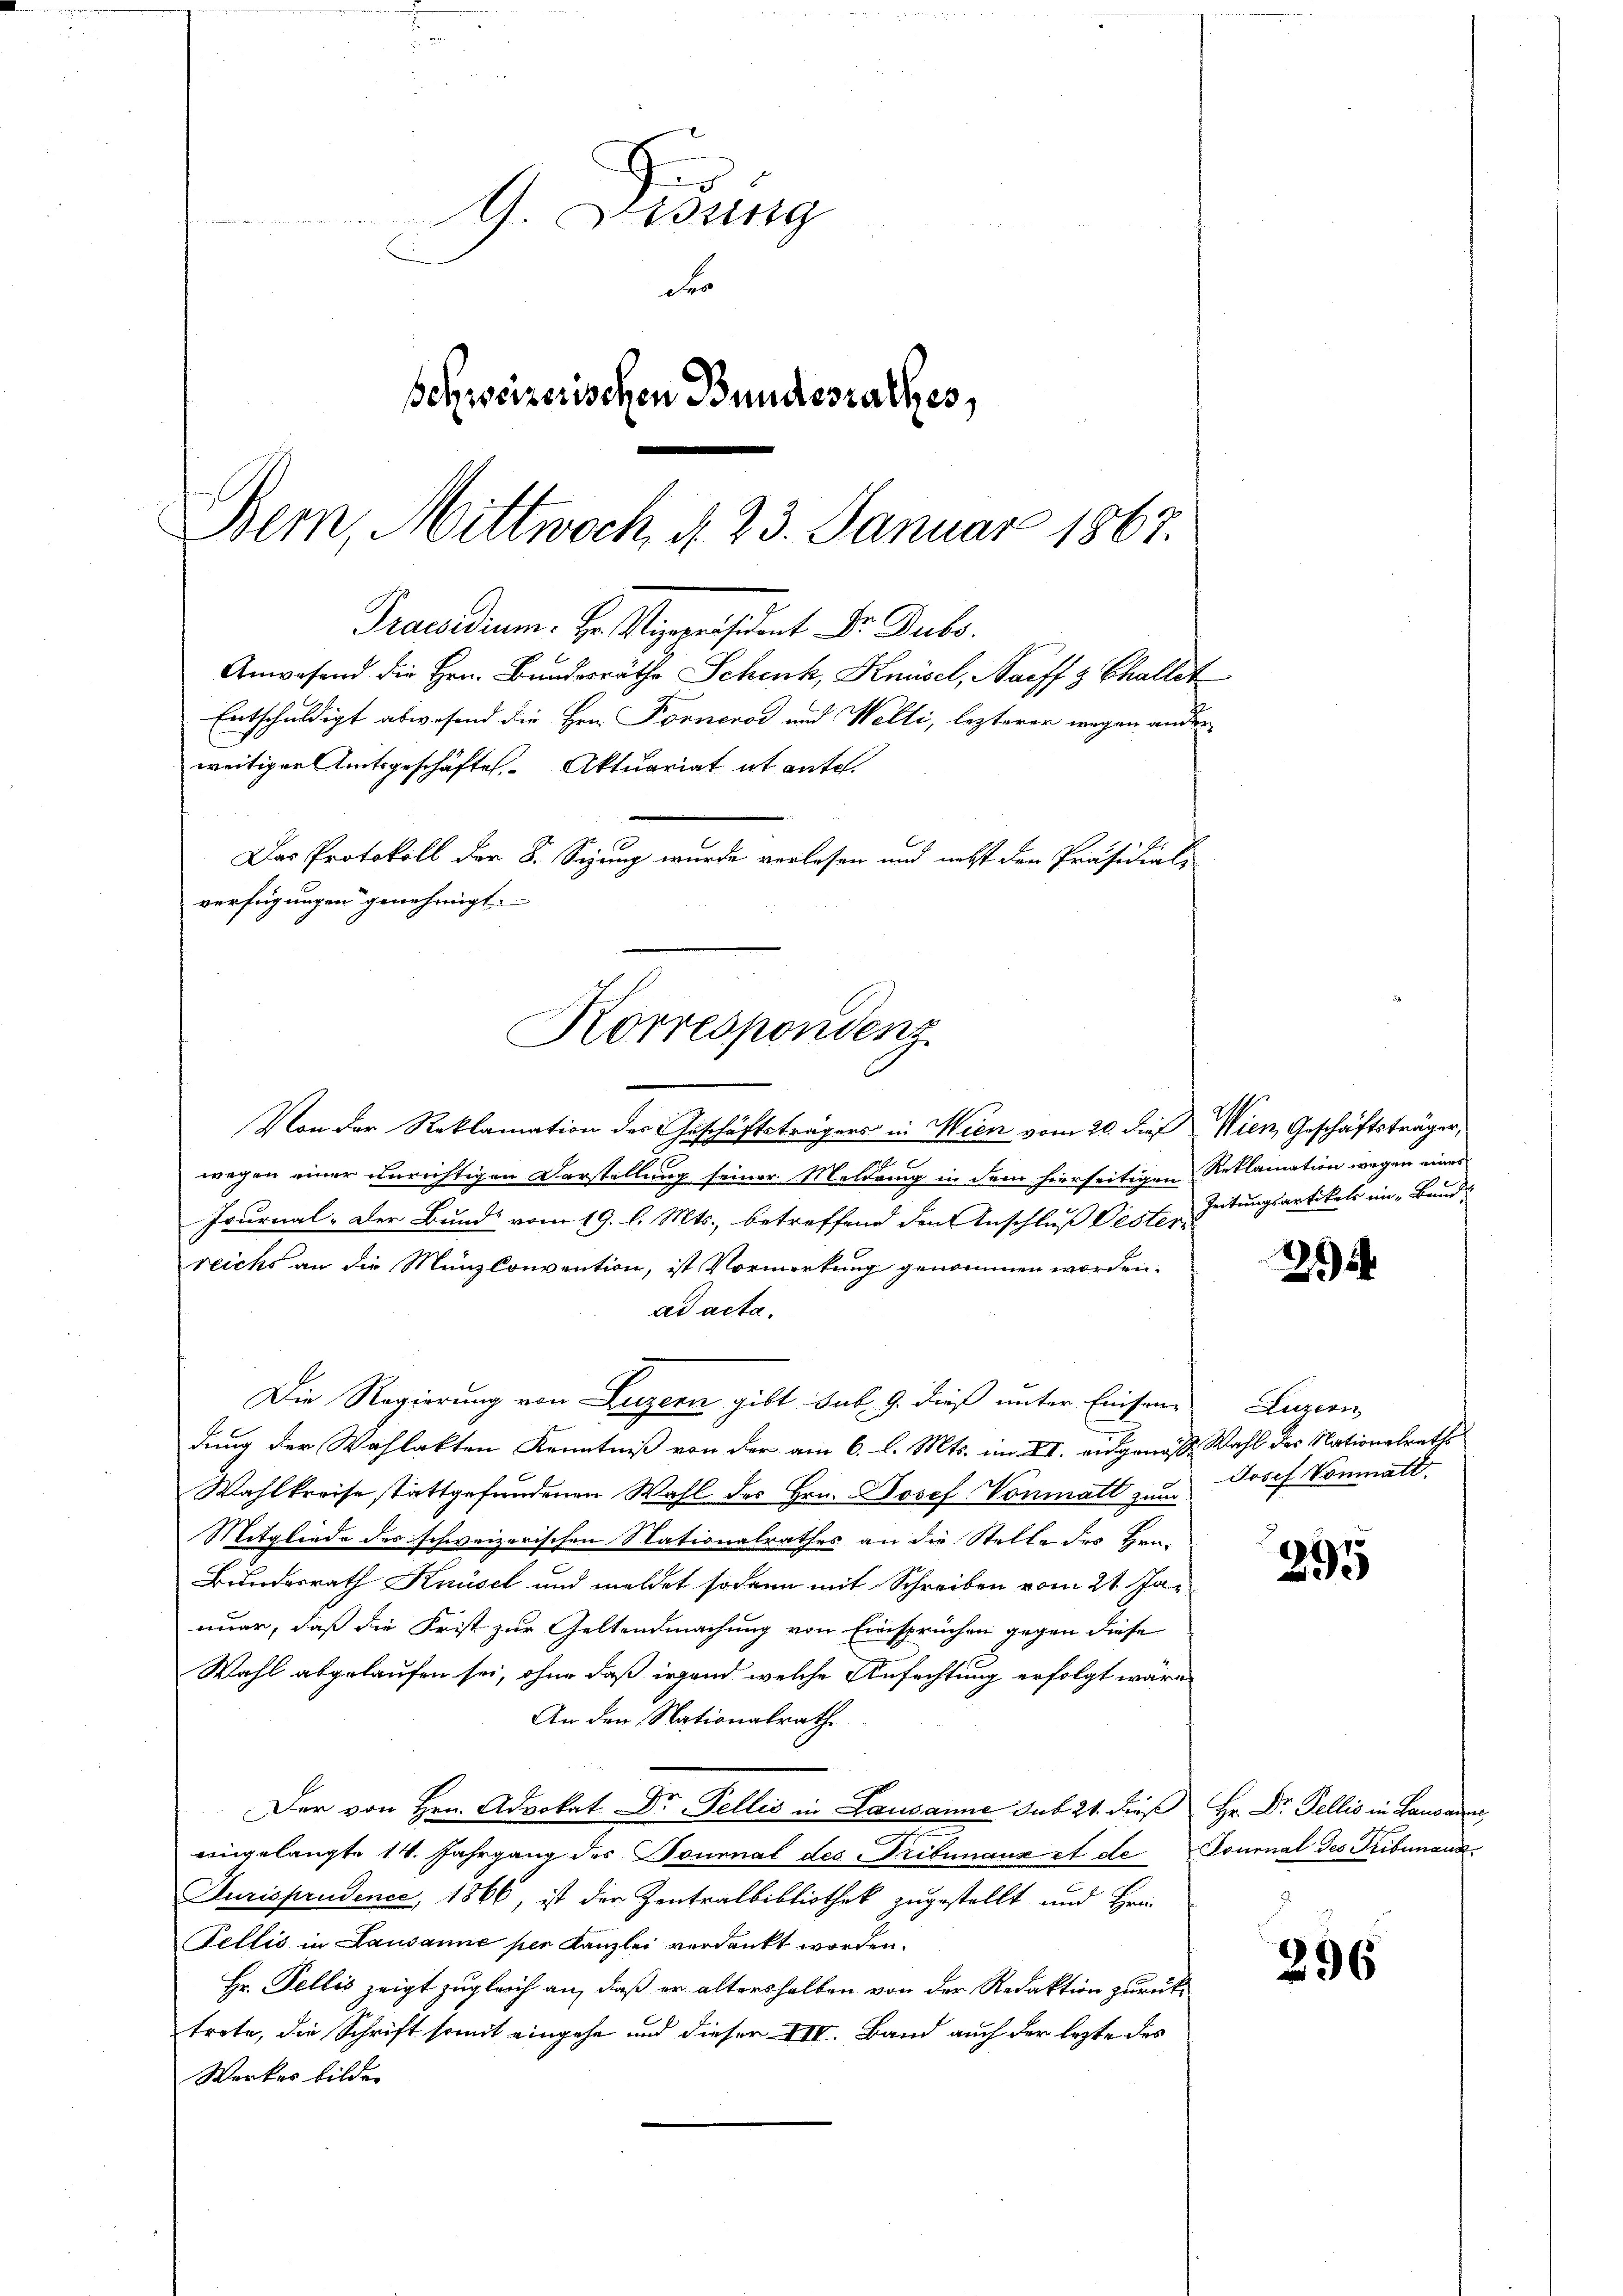
G. D
Fr
Behweizerischen Bundesrathes,
Bern, Mittwoch, d. 23. Januar 1867.

Trasadium. Hr. Vizepräsident Dr. Dubo.
Anwesend die Hrn. Bundesräthe Schenk, Knüsel, Nauff 3 Challet
Entschuldigt abwesend die Hrn. Forneros und Welti, lezterer wegen ander-
weitiger Amtsgeschäftes Aktuariat ab ante.
Das Protokoll der 8. Sepung wurde verlesen und nebst den Präsidial-
verfügungen genehmigt.
Korrespondenz

Von der Reklamation der Geschäftsträgers in Wien vom 20. dieß Wien, Geschäftsträger,
wegen einer unrichtigen Darstellung seiner Meldrung in dem hierseitigen Reklamation wegen eines
Journal - Der Bund vom 19. l. Mts., betreffend den Anschluß Oestern
reichs an die Münzkonvention, ist Vormerkung genommen worden.
ad acta.
Die Regierung von Luzern gibt sub. 9. dieß unter Einsen-
dung der Wahlakten Kenntniß von der am 6. l. Mts. im II. eidgenosse Wahl der Nationalrath
Wahlkreise stattgefundenen Wahl des Hrn. Josef Nonmatt zum
Mitgliede des schweizerischen Nationalrathes an die Stelle des Hrn.
Bundesrath Knüsel und meldet sodann mit Schreiben vom 21. Januer, daß die Frist zur Geltendmachung von Einsprüchen gegen diese
Wahl abgelaufen sei, ohne daß irgend welche Anfechtung erfolgt wäre,
An den Nationalrathe
Der von Hrn. Advokat Dr Fellis in Lausanne sub 21. dieß Hr. Dr Fellis in Lausanne
7
eingelangte 14. Jahrgang des Tournal des Tribunaux et de Tournal des Tribunauz
Durisprudence, 1866, ist der Zentralbibliothek zugestellt und Hrn.
Fellis in Lausanne per Kanzlei verdankt worden.
Hr. Fellis zeigt zugleich an, daß er altershalben von der Redaktion zurücktrete, die Schrift somit eingehe und dieser III. Band auch der lezte des
Werkes bilde.

Zeitungsartikels im „Bund-

2

Luzern
Josef Vonmatt.

295

296